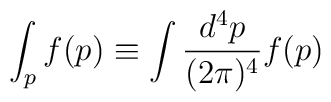
\int_p f(p) \equiv \int \frac{d^4 p}{(2\pi)^4} f(p)